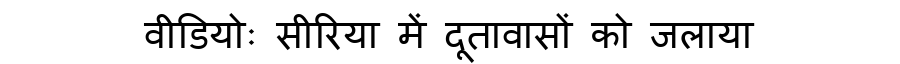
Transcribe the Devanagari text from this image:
वीडियोः सीरिया में दूतावासों को जलाया